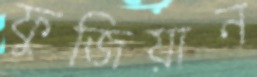
ফুজিয়ান